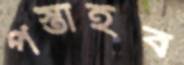
পস্তাইব